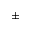
\pm